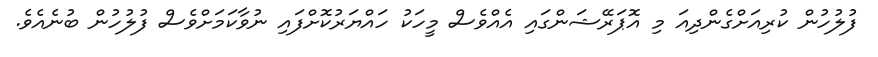
ފުލުހުން ކުރިއަށްގެންދިއަ މި އޮޕަރޭޝަންގައި އެއްވެސް މީހަކު ހައްޔަރުކޮށްފައި ނުވާކަމަށްވެސް ފުލުހުން ބުނެއެވެ.